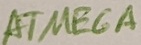
Text: ATMEGA